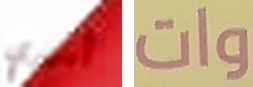
أميري وات